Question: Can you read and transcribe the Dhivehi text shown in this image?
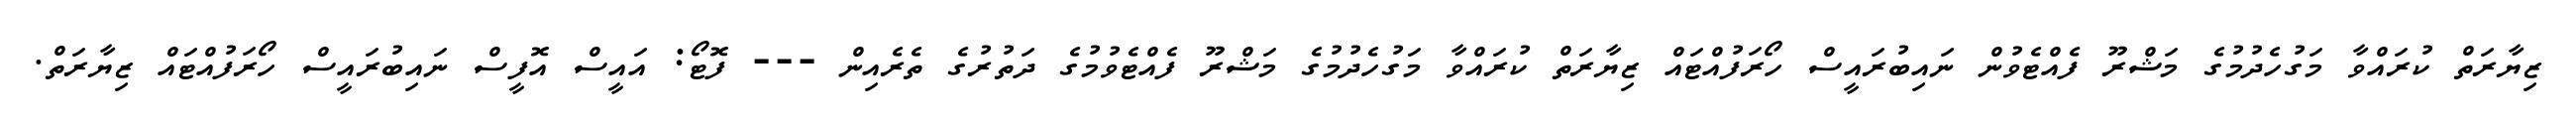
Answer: ޒިޔާރަތް ކުރައްވާ މަގުހެދުމުގެ މަޝްރޫ ފެއްޓެވުން ނައިބުރައީސް ހޯރަފުއްޓައް ޒިޔާރަތް ކުރައްވާ މަގުހެދުމުގެ މަޝްރޫ ފެއްޓެވުމުގެ ދަތުރުގެ ތެރެއިން --- ފޮޓޯ: އައީސް އޮފީސް ނައިބުރައީސް ހޯރަފުއްޓައް ޒިޔާރަތް.